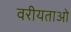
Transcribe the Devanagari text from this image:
वरीयताओ